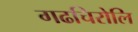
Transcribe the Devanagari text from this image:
गढचिरोलि